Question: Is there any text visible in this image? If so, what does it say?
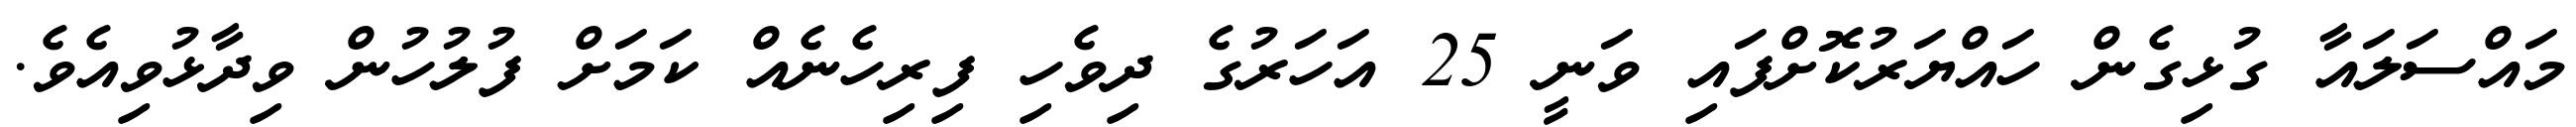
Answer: މައްސަލައާ ގުޅިގެން ހައްޔަރުކޮށްފައި ވަނީ 25 އަހަރުގެ ދިވެހި ފިރިހެނެއް ކަމަށް ފުލުހުން ވިދާޅުވިއެވެ.